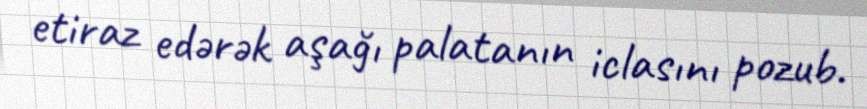
etiraz edərək aşağı palatanın iclasını pozub.